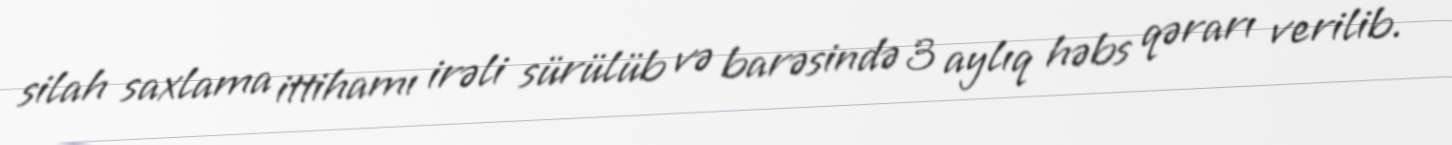
silah saxlama ittihamı irəli sürülüb və barəsində 3 aylıq həbs qərarı verilib.